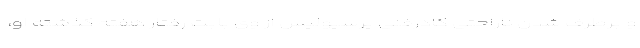
و برطرف شدن ناراحتی کادرفنی پرسپولیس از وی بابت رفتار هفته گذشته او،